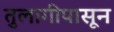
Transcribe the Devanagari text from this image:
तुलागीपासून